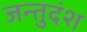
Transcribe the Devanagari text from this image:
जन्तुदंश